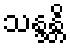
သန္ဒန္တိ